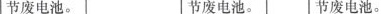
节废电池。 节废电池。 节废电池。